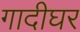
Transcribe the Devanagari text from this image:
गादीघर